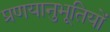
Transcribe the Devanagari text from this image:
प्रणयानुभूतियों